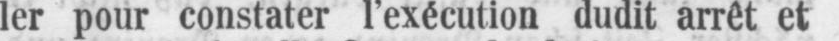
ler pour constater l’exécution dudit arrêt et